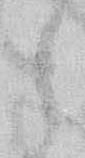
候